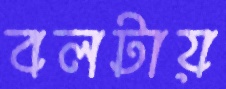
বলটায়